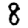
Digit: 8